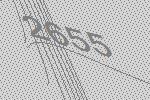
2655